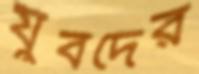
যুবদের